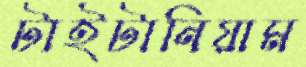
টাইটানিয়াম